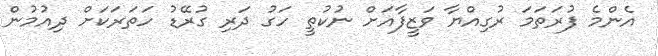
އެންމެ ފުރަތަމަ ރުގިއްޔާ ވަޒީފާއަށް ނުކުތީ ހަގު ދަރި ގުރޭޑު ހަތަރަކަށް ދިއުމުން